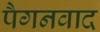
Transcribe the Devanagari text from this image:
पैगनवाद